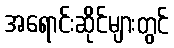
အရောင်းဆိုင်များတွင်